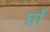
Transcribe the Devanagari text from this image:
र्घ्रां